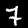
Label: 7